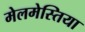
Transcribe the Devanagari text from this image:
मेलमेस्तिया